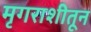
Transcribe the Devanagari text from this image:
मृगराशीतून